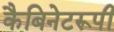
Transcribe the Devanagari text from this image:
कैबिनेटरूपी